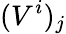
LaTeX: (V^{i})_{j}